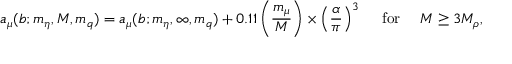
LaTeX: a _ { \mu } ( b ; m _ { \eta } , M , m _ { q } ) = a _ { \mu } ( b ; m _ { \eta } , \infty , m _ { q } ) + 0 . 1 1 \left( \frac { m _ { \mu } } { M } \right) \times \left( \frac { \alpha } { \pi } \right) ^ { 3 } \ \ \ \ \mathrm { f o r } \ \ \ \ M \ge 3 M _ { \rho } ,